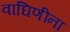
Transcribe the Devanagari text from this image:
वाघिणींना